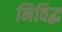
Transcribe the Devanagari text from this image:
निविद्ध